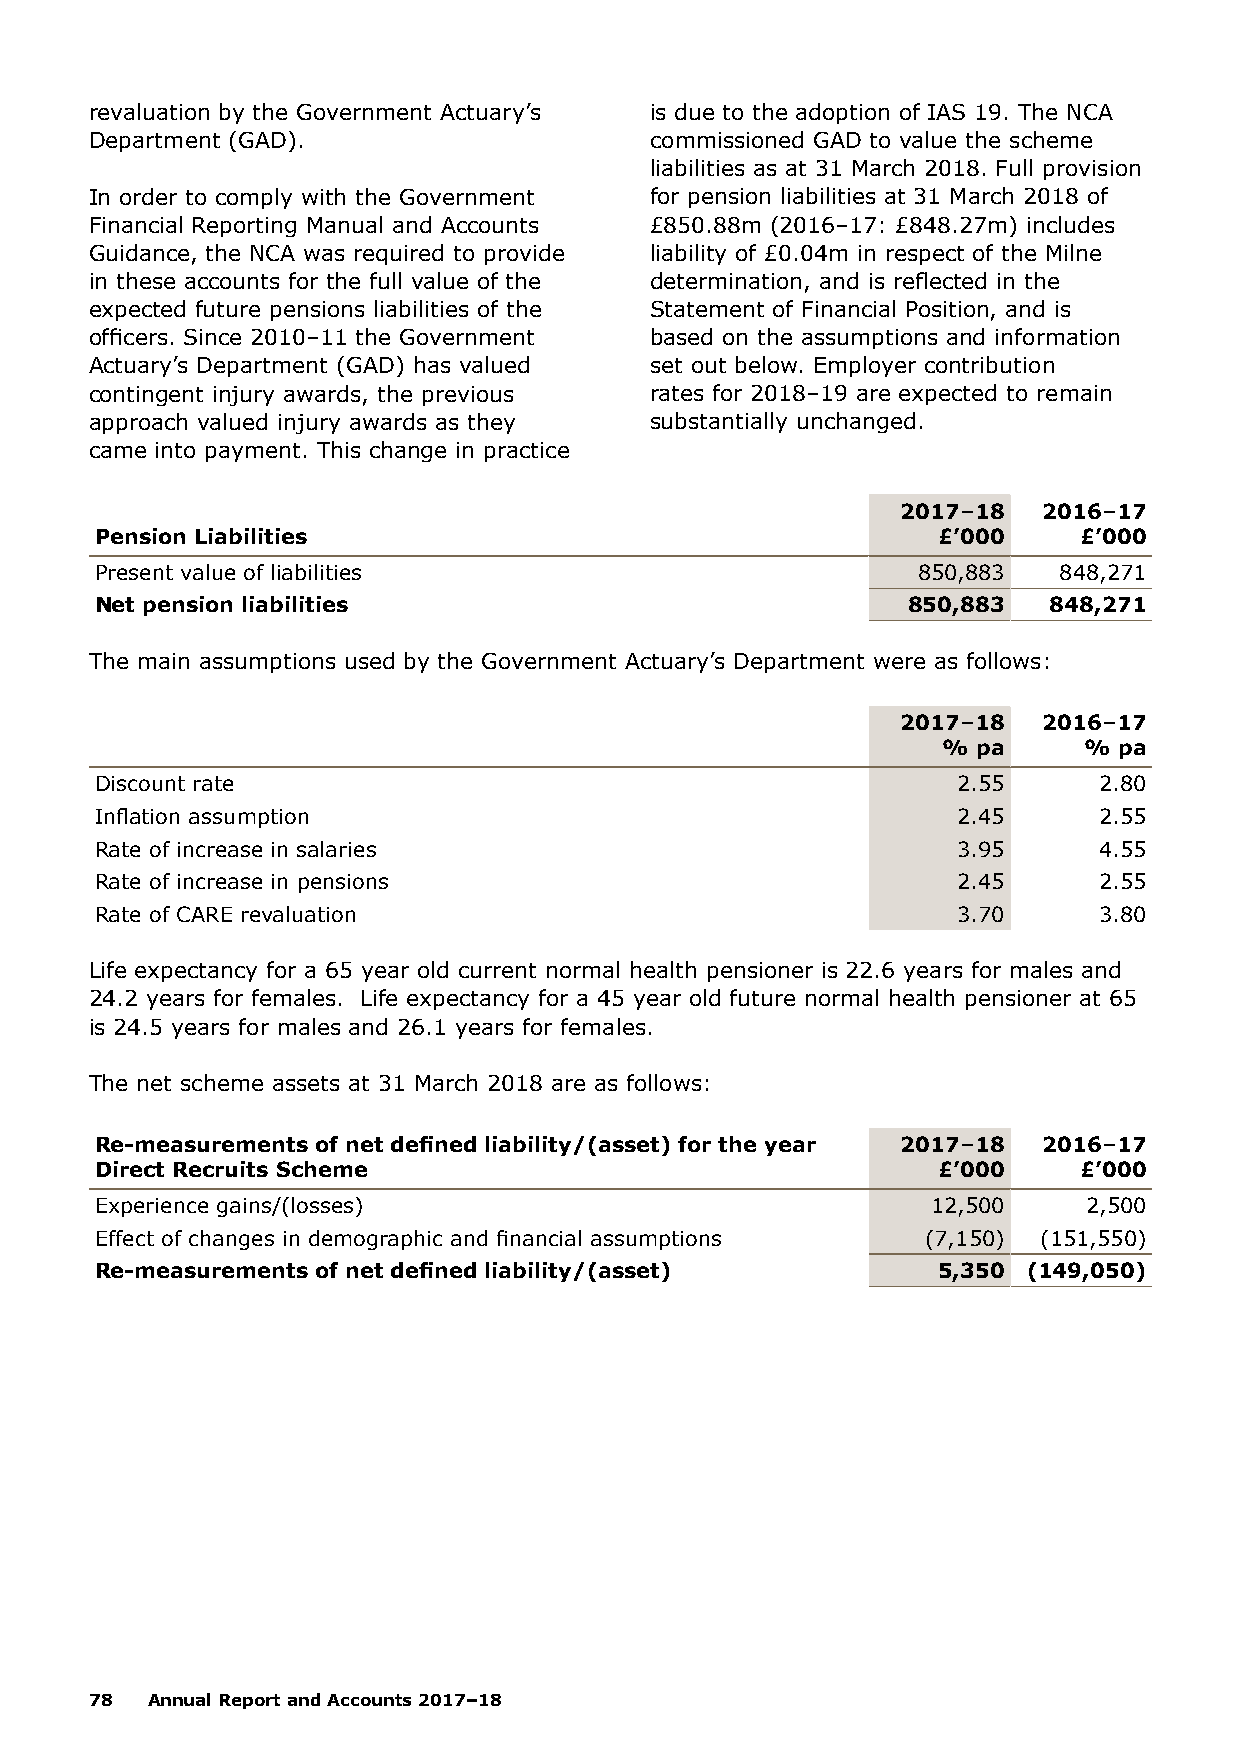
revaluation by the Government Actuary’s is due to the adoption of IAS 19. The NCA
 Department (GAD).                    commissioned GAD to value the scheme
 liabilities as at 31 March 2018. Full provision
 In order to comply with the Government for pension liabilities at 31 March 2018 of
 Financial Reporting Manual and Accounts £850.88m (2016–17: £848.27m) includes
 Guidance, the NCA was required to provide liability of £0.04m in respect of the Milne
 in these accounts for the full value of the determination, and is reflected in the
 expected future pensions liabilities of the Statement of Financial Position, and is
 officers. Since 2010–11 the Government based on the assumptions and information
 Actuary’s Department (GAD) has valued set out below. Employer contribution
 contingent injury awards, the previous rates for 2018–19 are expected to remain
 approach valued injury awards as they substantially unchanged.
 came into payment. This change in practice
 2017–18  2016–17
 Pension Liabilities                                     £’000    £’000
 Present value of liabilities                           850,883  848,271
 Net pension liabilities                               850,883  848,271
 The main assumptions used by the Government Actuary’s Department were as follows:
 2017–18  2016–17
 %  pa     % pa
 Discount rate                                            2.55      2.80
 Inflation assumption                                     2.45      2.55
 Rate of increase in salaries                             3.95      4.55
 Rate of increase in pensions                             2.45      2.55
 Rate of CARE revaluation                                 3.70      3.80
 Life expectancy for a 65 year old current normal health pensioner is 22.6 years for males and
 24.2 years for females. Life expectancy for a 45 year old future normal health pensioner at 65
 is 24.5 years for males and 26.1 years for females.
 The net scheme assets at 31 March 2018 are as follows:
 Re-measurements of net defined liability/(asset) for the year 2017–18 2016–17
 Direct Recruits Scheme                                  £’000    £’000
 Experience gains/(losses)                               12,500    2,500
 Effect of changes in demographic and financial assumptions (7,150) (151,550)
 Re-measurements of net defined liability/(asset)        5,350 (149,050)
 78  Annual Report and Accounts 2017–18